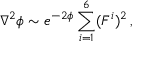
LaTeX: \nabla ^ { 2 } \phi \sim e ^ { - 2 \phi } \sum _ { i = 1 } ^ { 6 } ( F ^ { i } ) ^ { 2 } \, ,